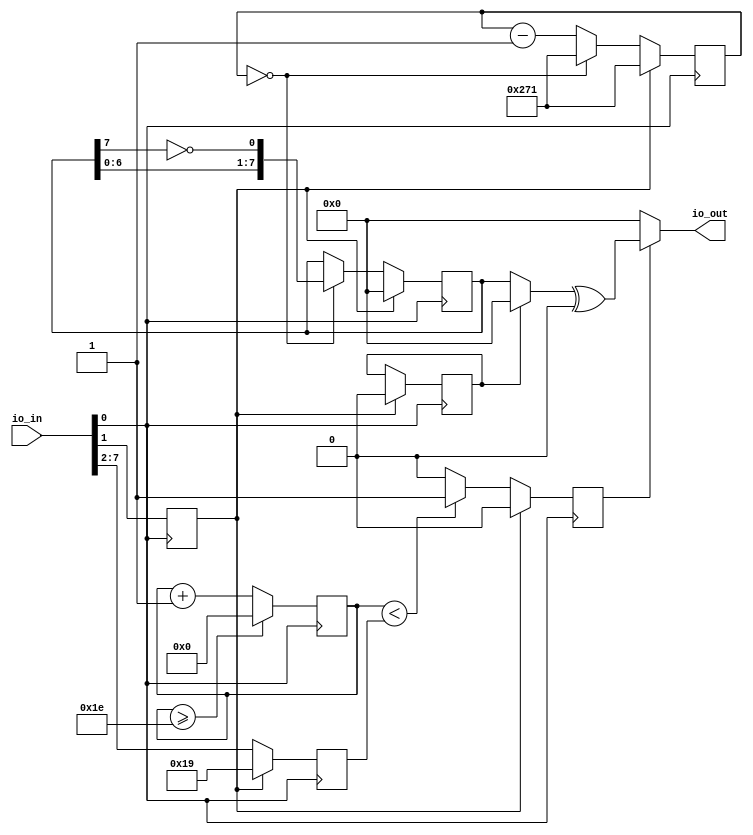
// -----------------------------------------------------------------------------
// Auto-Generated by:        __   _ __      _  __
//                          / /  (_) /____ | |/_/
//                         / /__/ / __/ -_)>  <
//                        /____/_/\__/\__/_/|_|
//                     Build your hardware, easily!
//                   https://github.com/enjoy-digital/litex
//
// Device     : tapeout
// LiteX sha1 : 5b8d3651
//------------------------------------------------------------------------------


//------------------------------------------------------------------------------
// Module
//------------------------------------------------------------------------------

module user_module_nickoe (
	input  wire [7:0] io_in,
	output reg  [7:0] io_out
);


//------------------------------------------------------------------------------
// Signals
//------------------------------------------------------------------------------

wire sys_clk;
wire sys_rst;
wire por_clk;
reg  int_rst = 1'd1;
reg  [7:0] storage = 8'd0;
reg  re = 1'd0;
reg  [7:0] chaser = 8'd0;
reg  mode = 1'd0;
wire wait_1;
wire done;
reg  [9:0] count = 10'd625;
reg  [7:0] leds = 8'd0;
reg  pwm = 1'd0;
reg  enable = 1'd1;
reg  [31:0] width = 32'd25;
reg  [31:0] period = 32'd31;
reg  [31:0] counter = 32'd0;
wire [7:0] comb_slice_proxy0;
wire [7:0] comb_slice_proxy1;
wire [7:0] sync_slice_proxy0;
wire [7:0] sync_slice_proxy1;

//------------------------------------------------------------------------------
// Combinatorial Logic
//------------------------------------------------------------------------------

assign sys_clk = comb_slice_proxy0[0];
assign por_clk = comb_slice_proxy1[0];
assign sys_rst = int_rst;
assign wait_1 = (~done);
always @(*) begin
	leds <= 8'd0;
	if ((mode == 1'd1)) begin
		leds <= storage;
	end else begin
		leds <= chaser;
	end
end
always @(*) begin
	io_out <= 8'd0;
	{io_out} <= (leds ^ 1'd0);
	if ((~pwm)) begin
		{io_out} <= 1'd0;
	end
end
assign done = (count == 1'd0);
assign comb_slice_proxy0 = {io_in};
assign comb_slice_proxy1 = {io_in};
assign sync_slice_proxy0 = {io_in};
assign sync_slice_proxy1 = {io_in};


//------------------------------------------------------------------------------
// Synchronous Logic
//------------------------------------------------------------------------------

always @(posedge por_clk) begin
	int_rst <= sync_slice_proxy0[1];
end

always @(posedge sys_clk) begin
	width <= sync_slice_proxy1[7:2];
	if (done) begin
		chaser <= {chaser, (~chaser[7])};
	end
	if (re) begin
		mode <= 1'd1;
	end
	if (wait_1) begin
		if ((~done)) begin
			count <= (count - 1'd1);
		end
	end else begin
		count <= 10'd625;
	end
	if (enable) begin
		counter <= (counter + 1'd1);
		if ((counter < width)) begin
			pwm <= 1'd1;
		end else begin
			pwm <= 1'd0;
		end
		if ((counter >= (period - 1'd1))) begin
			counter <= 1'd0;
		end
	end else begin
		counter <= 1'd0;
		pwm <= 1'd0;
	end
	if (sys_rst) begin
		chaser <= 8'd0;
		mode <= 1'd0;
		count <= 10'd625;
		pwm <= 1'd0;
		width <= 32'd25;
	end
end


//------------------------------------------------------------------------------
// Specialized Logic
//------------------------------------------------------------------------------

endmodule

// -----------------------------------------------------------------------------
//  Auto-Generated by LiteX on 2022-11-16 16:11:17.
//------------------------------------------------------------------------------